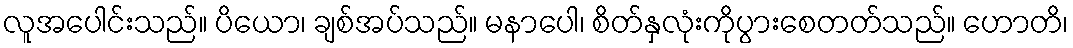
လူအပေါင်းသည်။ ပိယော၊ ချစ်အပ်သည်။ မနာပေါ၊ စိတ်နှလုံးကိုပွားစေတတ်သည်။ ဟောတိ၊